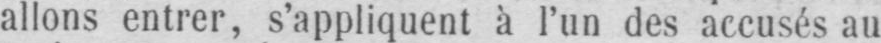
allons entrer, s’appliquent à l’un des accusés au